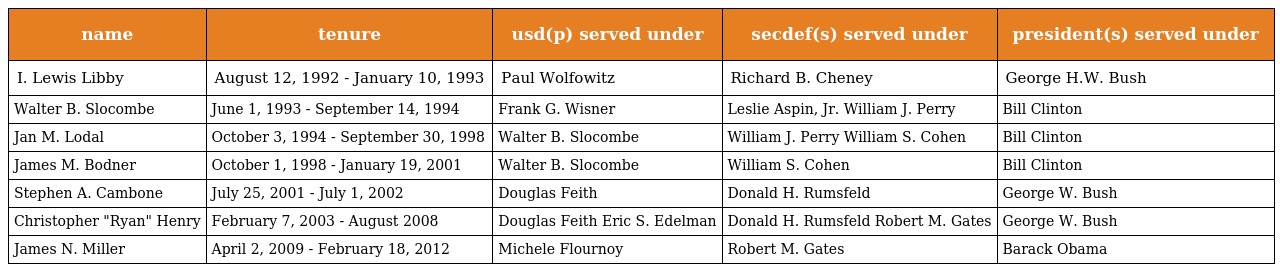
| name | tenure | usd(p) served under | secdef(s) served under | president(s) served under |
 | --- | --- | --- | --- | --- |
 | I. Lewis Libby | August 12, 1992 - January 10, 1993 | Paul Wolfowitz | Richard B. Cheney | George H.W. Bush |
 | Walter B. Slocombe | June 1, 1993 - September 14, 1994 | Frank G. Wisner | Leslie Aspin, Jr. William J. Perry | Bill Clinton |
 | Jan M. Lodal | October 3, 1994 - September 30, 1998 | Walter B. Slocombe | William J. Perry William S. Cohen | Bill Clinton |
 | James M. Bodner | October 1, 1998 - January 19, 2001 | Walter B. Slocombe | William S. Cohen | Bill Clinton |
 | Stephen A. Cambone | July 25, 2001 - July 1, 2002 | Douglas Feith | Donald H. Rumsfeld | George W. Bush |
 | Christopher "Ryan" Henry | February 7, 2003 - August 2008 | Douglas Feith Eric S. Edelman | Donald H. Rumsfeld Robert M. Gates | George W. Bush |
 | James N. Miller | April 2, 2009 - February 18, 2012 | Michele Flournoy | Robert M. Gates | Barack Obama |